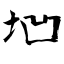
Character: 垇